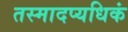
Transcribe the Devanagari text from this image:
तस्मादप्यधिकं